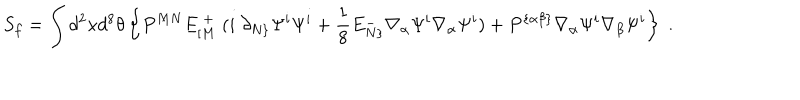
S _ { f } = \int d ^ { 2 } x d ^ { 8 } \theta \left\{ P ^ { M N } E _ { [ M } ^ { \; + } \; ( i \; \partial _ { N \} } \Psi ^ { i } \Psi ^ { i } + { \frac { 1 } { 8 } } E _ { N \} } ^ { - } \nabla _ { \alpha } \Psi ^ { i } \nabla _ { \alpha } \Psi ^ { i } ) + P ^ { \{ \alpha \beta \} } \nabla _ { \alpha } \Psi ^ { i } \nabla _ { \beta } \Psi ^ { i } \right\} \; .